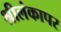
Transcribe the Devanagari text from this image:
श्रीलंकापर